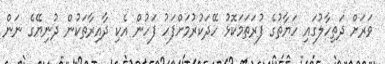
ވަރަށް ދަތިހާލުގައި ހަޔާތުގެ ފުރަތަމަކޮޅު ހޭދަކުރުމަށްފަހު ފަހުން އެކި ދާއިރާތަކުން ދުނިޔޭގެ ނަން